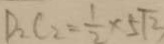
D _ { 2 } C _ { 2 } = \frac { 1 } { 2 } \times 5 \sqrt { 2 }